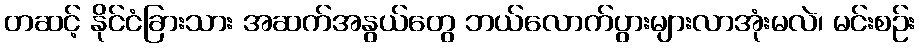
တဆင့် နိုင်ငံခြားသား အဆက်အနွယ်တွေ ဘယ်လောက်ပွားများလာအုံးမလဲ၊ မင်းစဉ်း